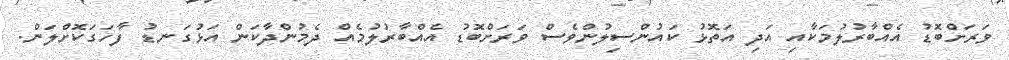
ވަރަށްބޮޑު އެއްބާރުލުމަކާއި އަދި އަތޮޅު ކައުންސިލުންވެސް ވަރަށްބޮޑު އެއްބާރުލުމެއް ދެމުންދާކަން އަޅުގަނޑު ފާހަގަކޮށްލަން.